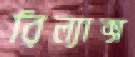
রিল্যাক্স